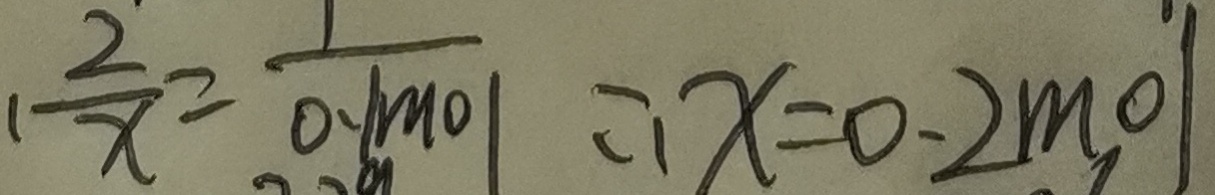
1 \frac { 2 } { x } = \frac { 1 } { 0 . 1 m o l } \therefore x = 0 . 2 m o l